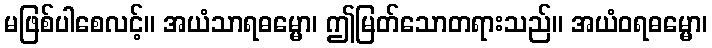
မဖြစ်ပါစေလင့်။ အယံသာရဓမ္မော၊ ဤမြတ်သောတရားသည်။ အယံဝရဓမ္မော၊